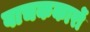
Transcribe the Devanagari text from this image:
वाचककारों